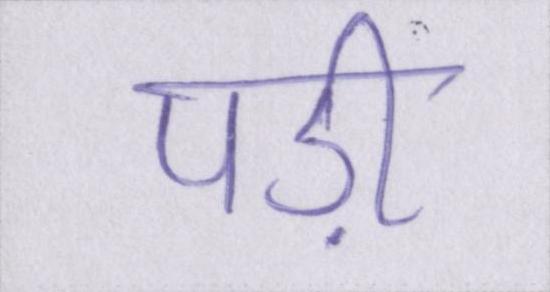
पड़ी